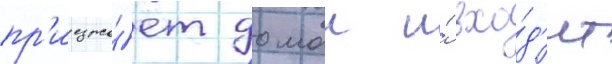
пр'иезжа́ет домои и́ вхо́д'ит